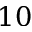
1 0